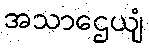
အသာဌေယျံ